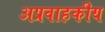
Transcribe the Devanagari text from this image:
अप्रवाहकीय